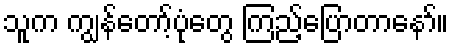
သူက ကျွန်တော့်ပုံတွေ ကြည့်ပြောတာနော်။